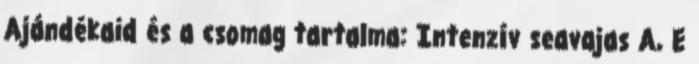
Ajándékaid és a csomag tartalma: Intenzív seavajas A, E